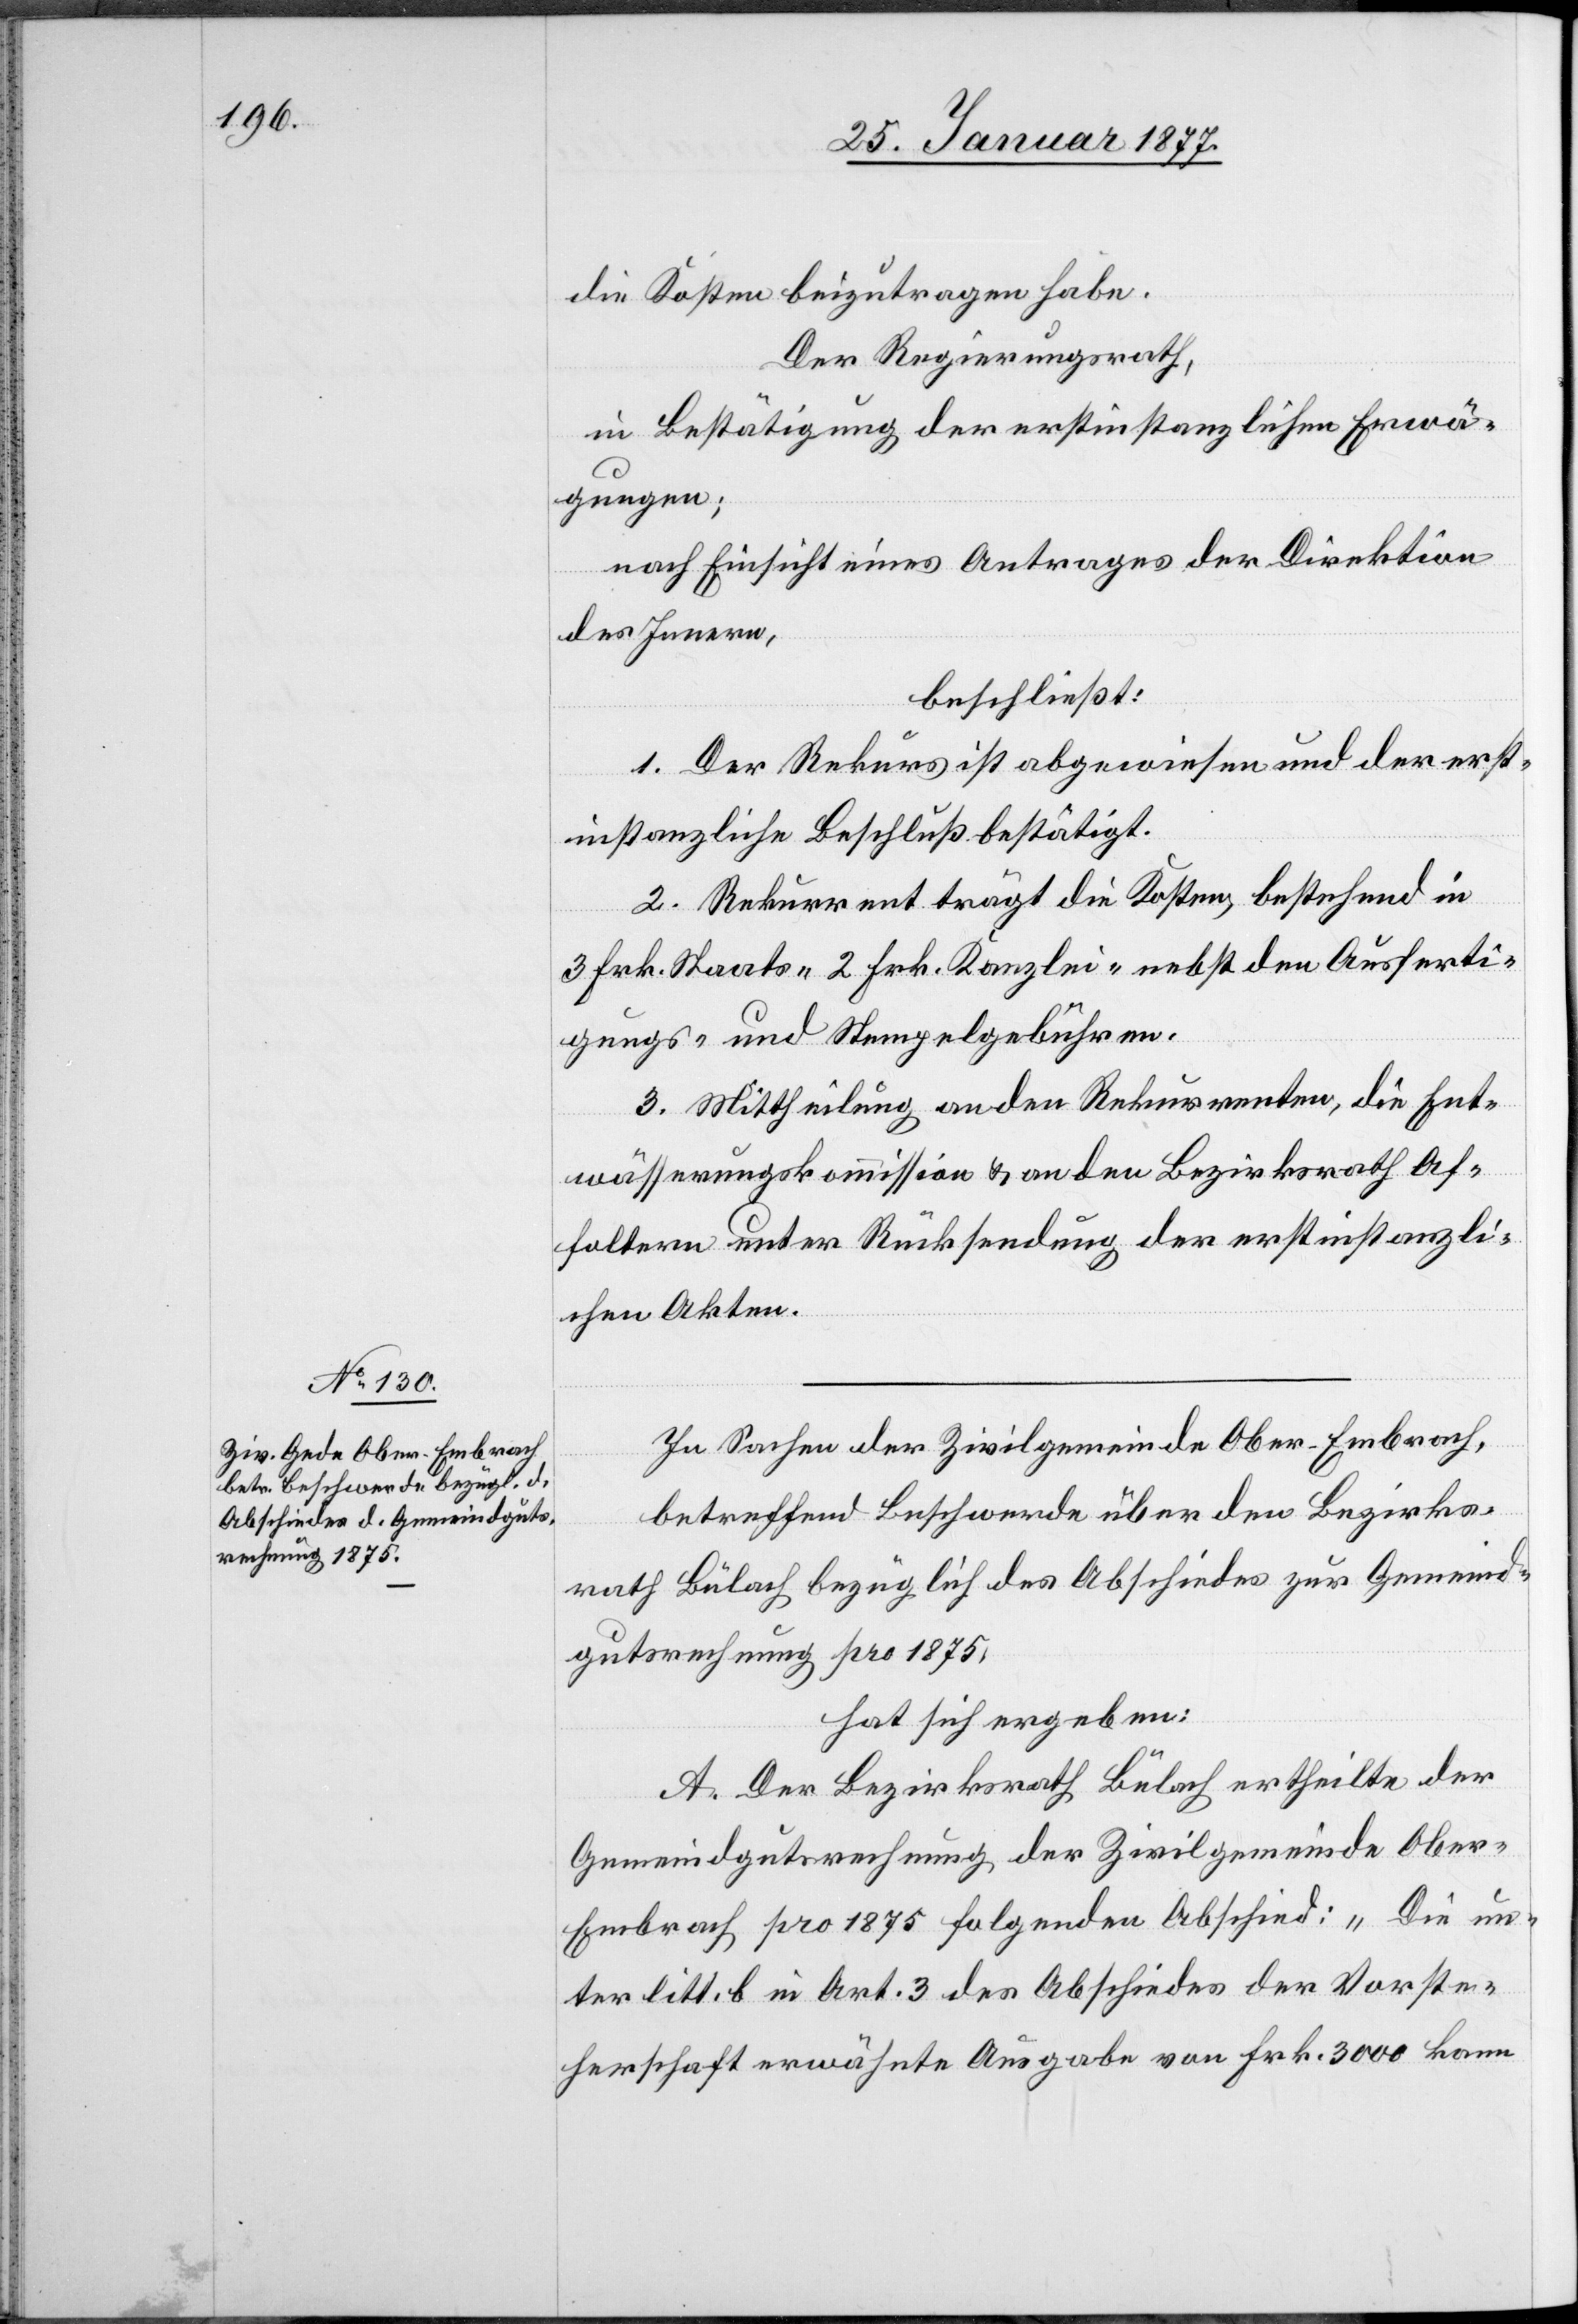
die Kosten beizutragen habe.
Der Regierungsrath,
in Bestätigung der erstinstanzlichen Erwä¬
gungen,
nach Einsicht eines Antrages der Direktion
des Innern,
beschließt:
1. Der Rekurs ist abgewiesen und der erst¬
instanzliche Beschluß bestätigt.
2. Rekurrent trage die Kosten, bestehend in
3 Frk. Staats-[,] 2 Frk. Kanzlei- nebst den Ausferti¬
gungs- und Stempelgebühren.
3. Mittheilung an den Rekurrenten, die Ent¬
wässerungskommission & an den Bezirksrath Af¬
foltern unter Rücksendung der erstinstanzli¬
chen Akten.
In Sachen der Zivilgemeinde Ober-Embrach,
betreffend Beschwerde über den Bezirks¬
rath Bülach bezüglich des Abschiedes zur Gemeind¬
gutsrechnung pro 1875,
hat sich ergeben:
A. Der Bezirksrath Bülach ertheilte der
Gemeindgutsrechnung der Zivilgemeinde Obe¬
r-Embrach pro 1875 folgenden Abschied: „Die un¬
ter litt. b in Art. 3 des Abschiedes der Vorste¬
herschaft erwähnte Ausgabe von Frk. 3000 kann